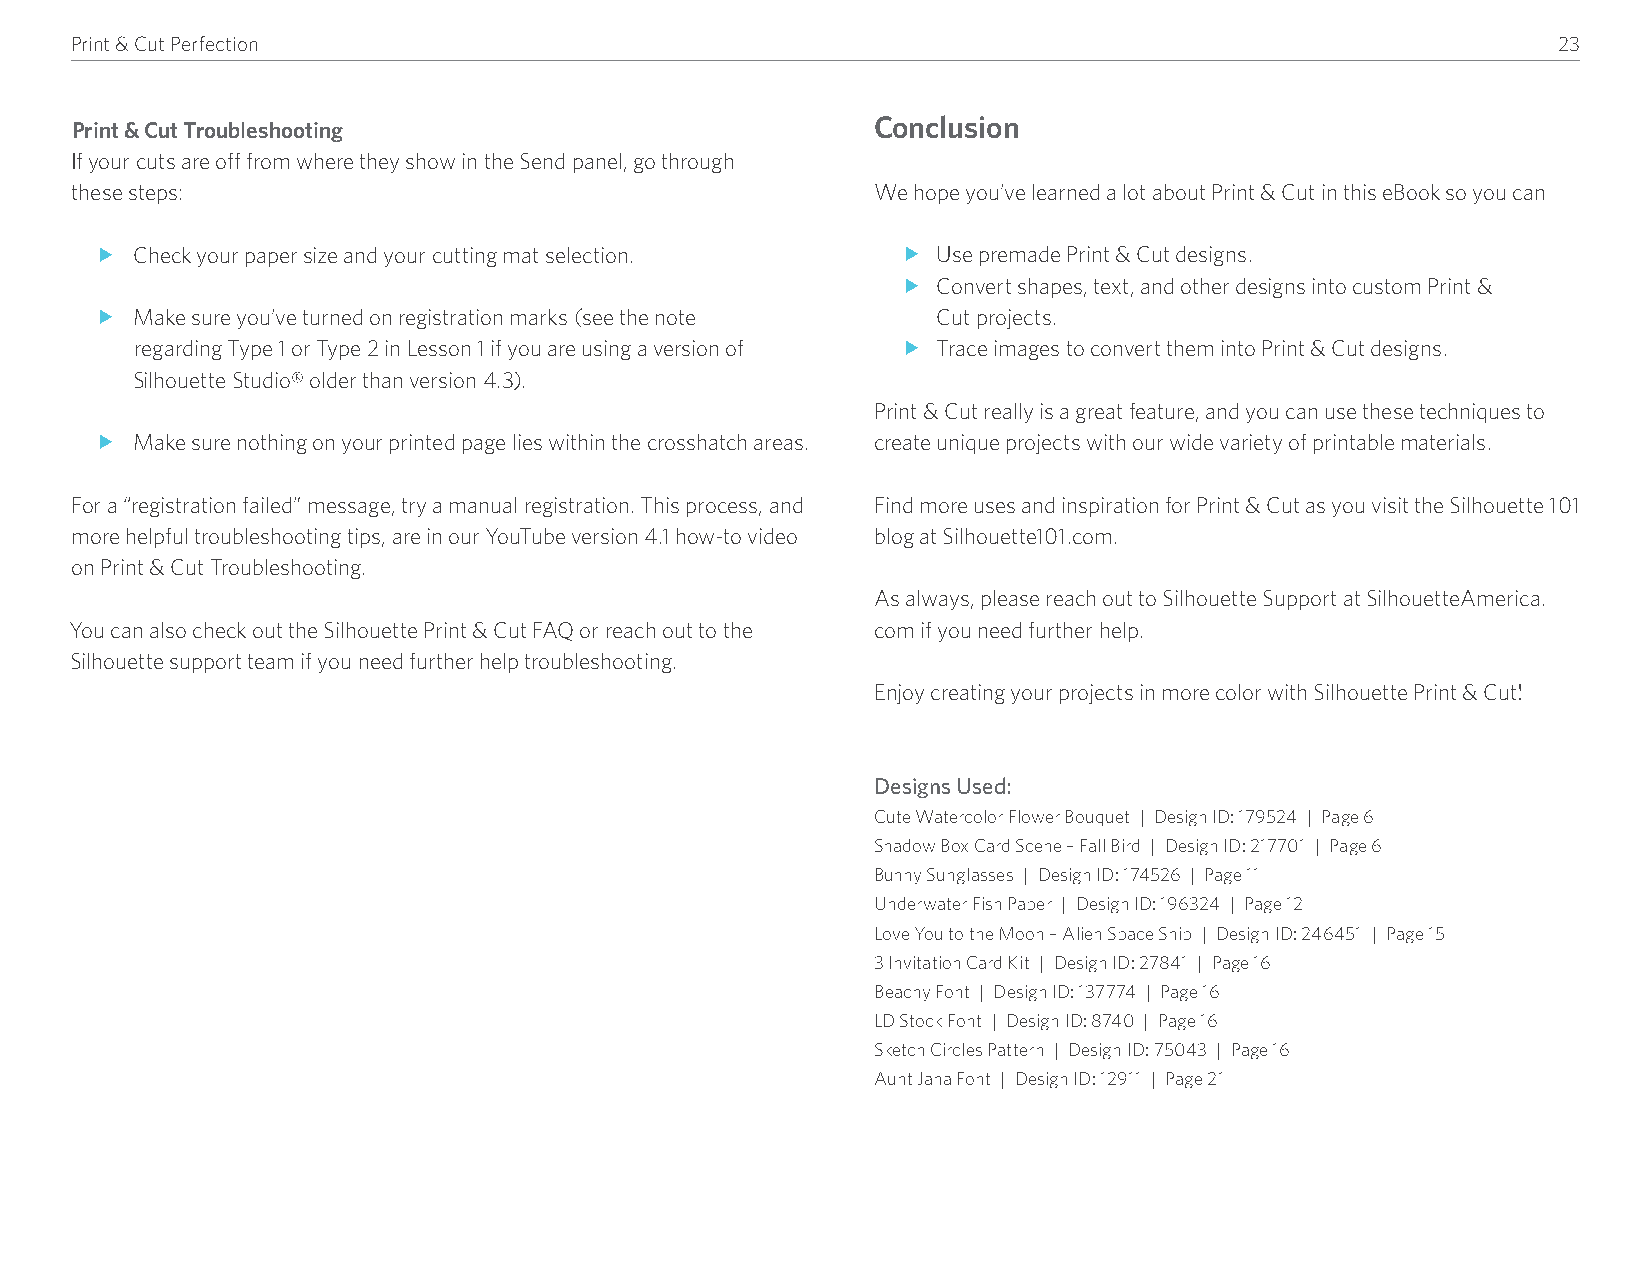
Print & Cut Perfection                                                                            23
 Conclusion
 Print & Cut Troubleshooting
 If your cuts are off from where they show in the Send panel, go through
 these steps:                                         We hope you’ve learned a lot about Print & Cut in this eBook so you can
 f  Check your paper size and your cutting mat selection� f Use premade Print & Cut designs�
 f Convert shapes, text, and other designs into custom Print &
 f  Make sure you’ve turned on registration marks (see the note Cut projects�
 regarding Type 1 or Type 2 in Lesson 1 if you are using a version of f Trace images to convert them into Print & Cut designs�
 Silhouette Studio® older than version 4�3)�
 Print & Cut really is a great feature, and you can use these techniques to
 f  Make sure nothing on your printed page lies within the crosshatch areas� create unique projects with our wide variety of printable materials�
 For a “registration failed” message, try a manual registration� This process, and Find more uses and inspiration for Print & Cut as you visit the Silhouette 101
 more helpful troubleshooting tips, are in our YouTube version 4�1 how-to video blog at Silhouette101�com�
 on Print & Cut Troubleshooting�
 As always, please reach out to Silhouette Support at SilhouetteAmerica�
 You can also check out the Silhouette Print & Cut FAQ or reach out to the com if you need further help�
 Silhouette support team if you need further help troubleshooting�
 Enjoy creating your projects in more color with Silhouette Print & Cut!
 Designs Used:
 Cute Watercolor Flower Bouquet | Design ID: 179524 | Page 6
 Shadow Box Card Scene – Fall Bird | Design ID: 217701 | Page 6
 Bunny Sunglasses | Design ID: 174526 | Page 11
 Underwater Fish Paper | Design ID: 196324 | Page 12
 Love You to the Moon – Alien Space Ship | Design ID: 246451 | Page 15
 3 Invitation Card Kit | Design ID: 27841 | Page 16
 Beachy Font | Design ID: 137774 | Page 16
 LD Stock Font | Design ID: 8740 | Page 16
 Sketch Circles Pattern | Design ID: 75043 | Page 16
 Aunt Jana Font | Design ID: 12911 | Page 21